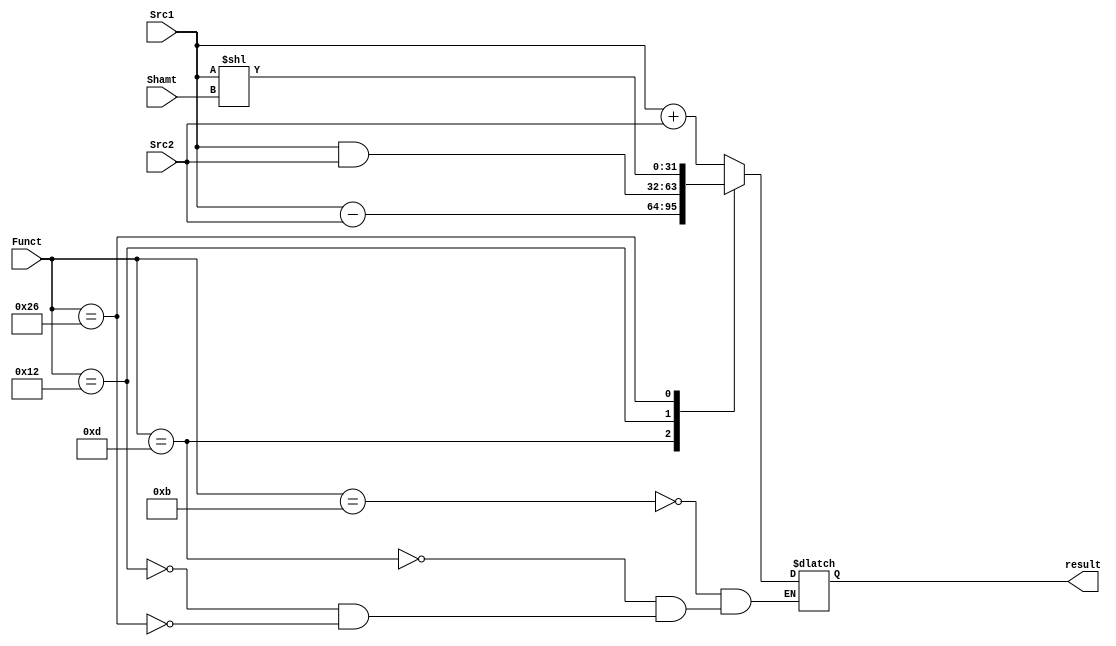
`define addu 6'b 001011
`define subu 6'b 001101
`define AND  6'b 010010
`define sll  6'b 100110

module ALU(
    input    [31:0]  Src1,
    input    [31:0]  Src2,
    input    [4:0]   Shamt,
    input    [5:0]   Funct,
    output  reg  [31:0]  result
);

always@(Funct or Shamt or Src1 or Src2)
    begin
        case (Funct)
            `addu : result = Src1 +  Src2;
            `subu : result = Src1 -  Src2;
            `AND  : result = Src1 &  Src2;
            `sll  : result = Src1 << Shamt;
            default: result = result; // if Funct is not same as above, then the result will be the same value.
        endcase
    end


endmodule